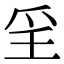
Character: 㸒